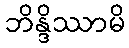
ဘိန္ဒိဿာမိ